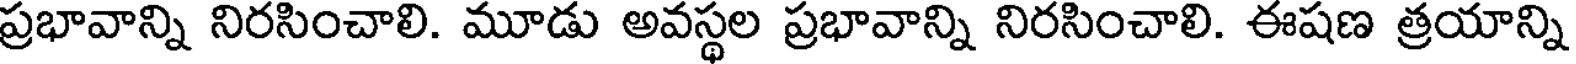
ప్రభావాన్ని నిరసించాలి. మూడు అవస్థల ప్రభావాన్ని నిరసించాలి. ఈషణ త్రయాన్ని